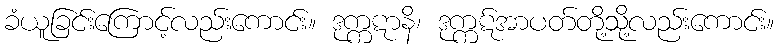
ခံယူခြင်းကြောင့်လည်းကောင်း။ ဒုက္ကဋာနိ၊ ဒုက္ကဋ်အာပတ်တို့သို့လည်းကောင်း။